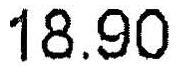
18.90